Vaccination in Bombay 1889-1901 - 1889-1901
Year: 1889
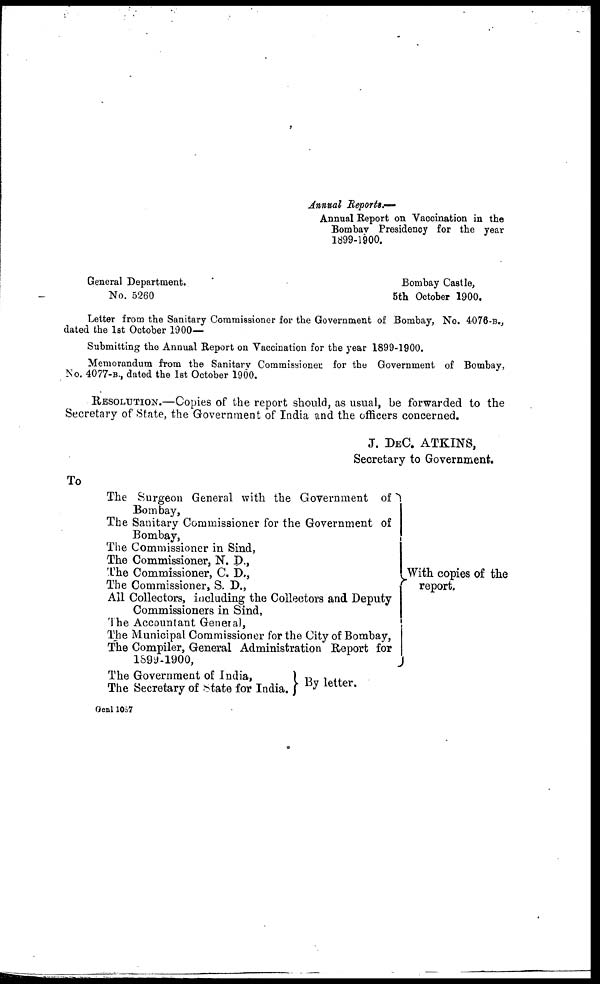
Annual Reports.—
Annual Report on Vaccination in the
Bombay Presidency for the year
1899-1900.
General Department.
Bombay Castle,
No. 5260
5th October 1900.
Letter from the Sanitary Commissioner for the Government of Bombay, No. 4076-B.,
dated the 1st October 1900—
Submitting the Annual Report on Vaccination for the year 1899-1900.
Memorandum from the Sanitary Commissioner for the Government of Bombay,
No. 4077-B., dated the 1st October 1900.
RESOLUTION.—Copies of the report should, as usual, be forwarded to the
Secretary of State, the Government of India and the officers concerned.
J. DEC. ATKINS,
Secretary to Government.
To
The Surgeon General with the Government of
Bombay,
The Sanitary Commissioner for the Government of
Bombay,
The Commissioner in Sind,
The Commissioner, N. D.,
The Commissioner, C. D.,
The Commissioner, S. D.,
All Collectors, including the Collectors and Deputy
Commissioners in Sind,
The Accountant General,
The Municipal Commissioner for the City of Bombay,
The Compiler, General Administration Report for
1899-1900,
The Government of India,
The Secretary of state for India.
With copies of the
report.
By letter.
Genl 1087